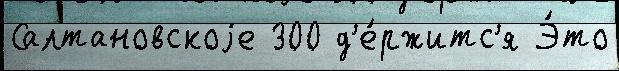
Салтановскоjе 300 д'е́ржитс'я Э́то